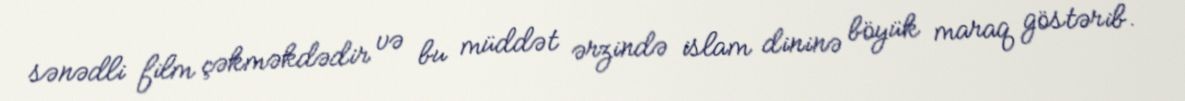
sənədli film çəkməkdədir və bu müddət ərzində islam dininə böyük maraq göstərib.